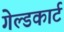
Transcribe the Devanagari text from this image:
गेल्डकार्ट